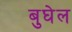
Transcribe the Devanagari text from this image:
बुघेल